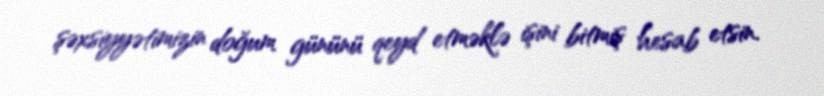
şəxsiyyətimizin doğum gününü qeyd etməklə işini bitmiş hesab etsin.